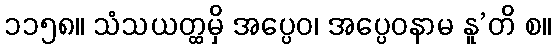
၁၁၅၈။ သံသယတ္ထမှိ အပ္ပေဝ၊ အပ္ပေဝနာမ နူ’တိ စ။